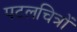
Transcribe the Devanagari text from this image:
पटलचित्रों